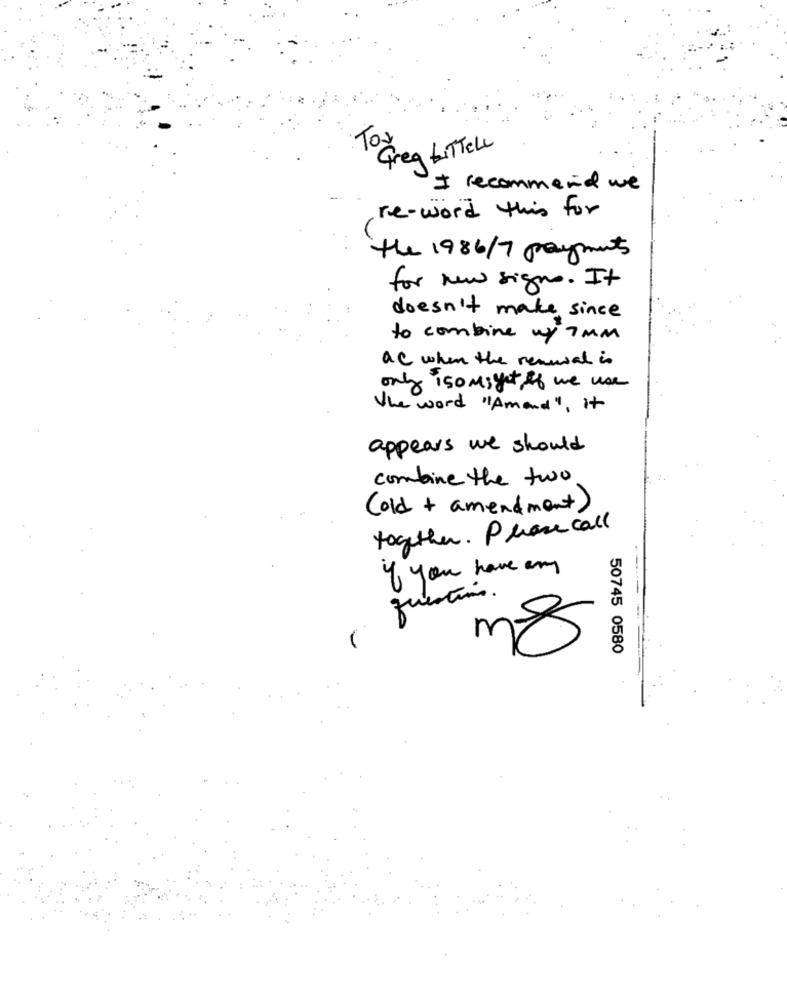
Tox
Freq LITTELL
I recommend we
re-word this for
the 1986/7 payments
for new signs. It
doesn't make since
to combine up 7 MM
ac when the removal is
only iso might if we use
the word "Amand", it
appears we should
combine the two
(old + amendment)
together. Phone call
If you have any
questions.
50745 0580